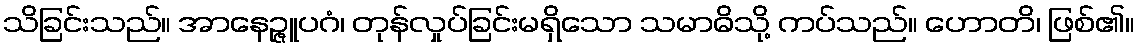
သိခြင်းသည်။ အာနေဉ္ဇူပဂံ၊ တုန်လှုပ်ခြင်းမရှိသော သမာဓိသို့ ကပ်သည်။ ဟောတိ၊ ဖြစ်၏။